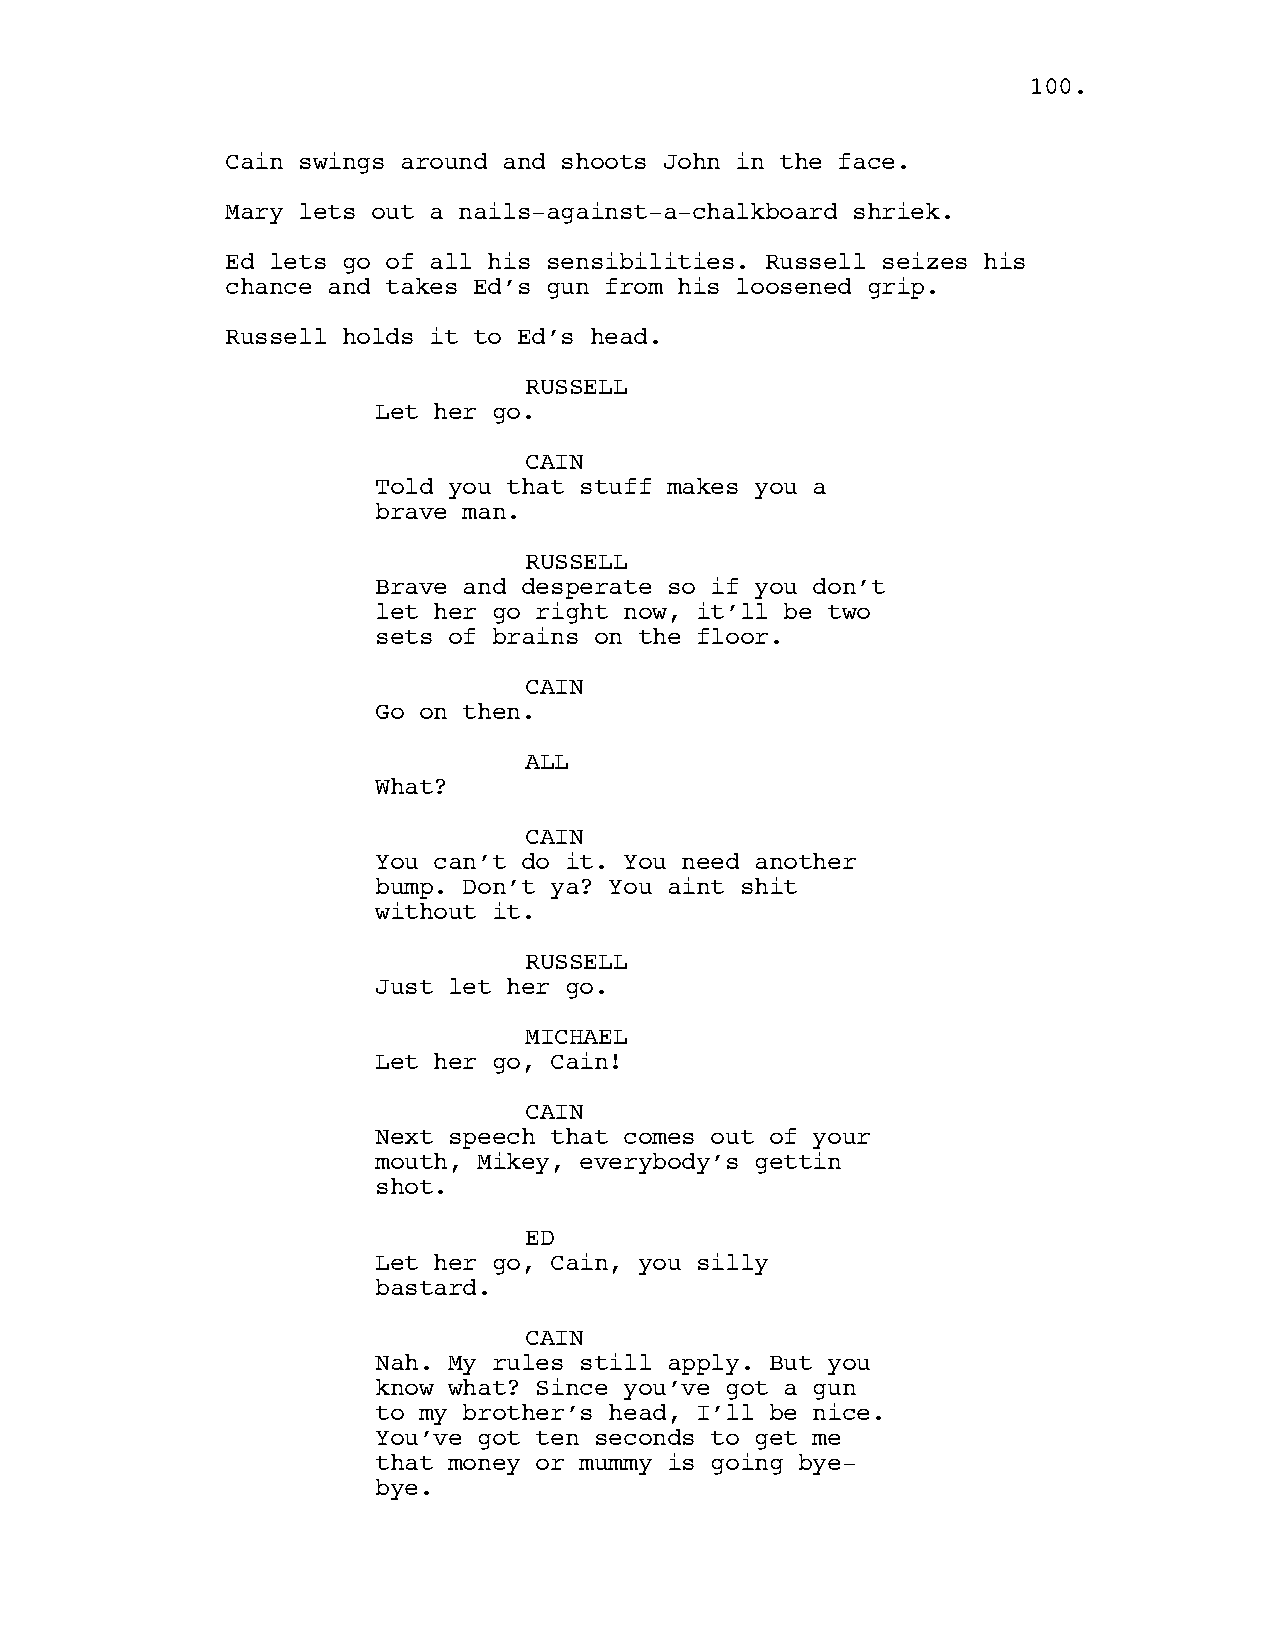
100.
 Cain swings around and shoots John in the face.
 Mary lets out a nails-against-a-chalkboard shriek.
 Ed lets go of all his sensibilities. Russell seizes his
 chance and takes Ed’s gun from his loosened grip.
 Russell holds it to Ed’s head.
 RUSSELL
 Let her go.
 CAIN
 Told you that stuff makes you a
 brave man.
 RUSSELL
 Brave and desperate so if you don’t
 let her go right now, it’ll be two
 sets of brains on the floor.
 CAIN
 Go on then.
 ALL
 What?
 CAIN
 You can’t do it. You need another
 bump. Don’t ya? You aint shit
 without it.
 RUSSELL
 Just let her go.
 MICHAEL
 Let her go, Cain!
 CAIN
 Next speech that comes out of your
 mouth, Mikey, everybody’s gettin
 shot.
 ED
 Let her go, Cain, you silly
 bastard.
 CAIN
 Nah. My rules still apply. But you
 know what? Since you’ve got a gun
 to my brother’s head, I’ll be nice.
 You’ve got ten seconds to get me
 that money or mummy is going bye-
 bye.